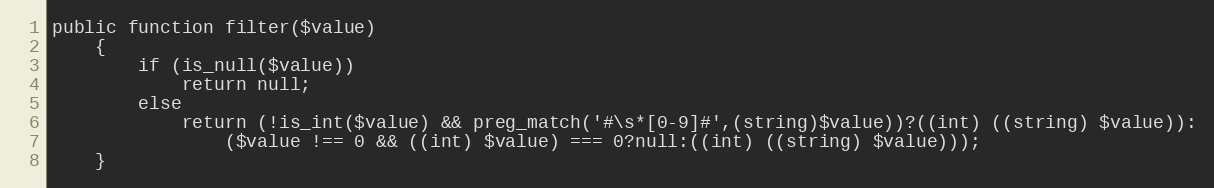
Language: PHP
public function filter($value)
    {
	    if (is_null($value))
		    return null;
	    else
            return (!is_int($value) && preg_match('#\s*[0-9]#',(string)$value))?((int) ((string) $value)):
	            ($value !== 0 && ((int) $value) === 0?null:((int) ((string) $value)));
    }